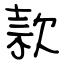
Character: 款